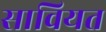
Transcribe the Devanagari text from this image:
सावियत